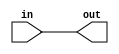
module row_global (in, out);
    input in;
    output out;
    assign out = in;
endmodule